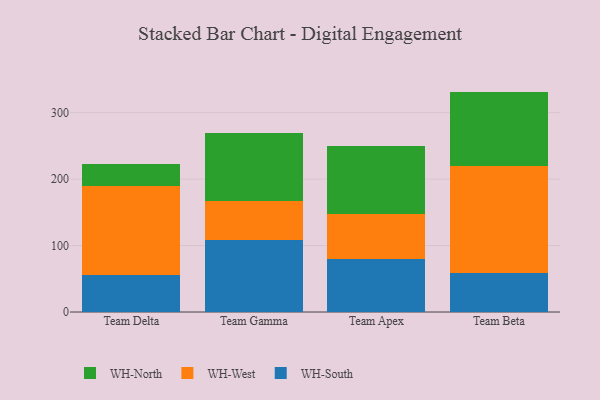
{"axis": {"x": "Team", "y": "Latency (ms)"}, "legend": ["WH-North", "WH-South", "WH-West"], "data": [{"x": "Team Delta", "y": 55.0, "type": "WH-South"}, {"x": "Team Delta", "y": 135.0, "type": "WH-West"}, {"x": "Team Delta", "y": 32.0, "type": "WH-North"}, {"x": "Team Gamma", "y": 108.3, "type": "WH-South"}, {"x": "Team Gamma", "y": 59.4, "type": "WH-West"}, {"x": "Team Gamma", "y": 102.1, "type": "WH-North"}, {"x": "Team Apex", "y": 79.3, "type": "WH-South"}, {"x": "Team Apex", "y": 68.1, "type": "WH-West"}, {"x": "Team Apex", "y": 101.9, "type": "WH-North"}, {"x": "Team Beta", "y": 58.7, "type": "WH-South"}, {"x": "Team Beta", "y": 161.2, "type": "WH-West"}, {"x": "Team Beta", "y": 111.8, "type": "WH-North"}]}